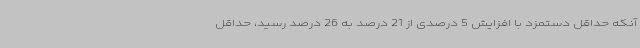
آنکه حداقل دستمزد با افزایش 5 درصدی از 21 درصد به 26 درصد رسید، حداقل